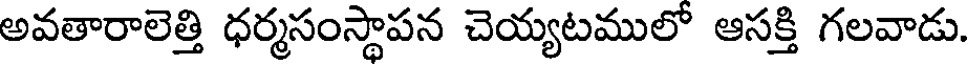
అవతారాలెత్తి ధర్మసంస్థాపన చెయ్యటములో ఆసక్తి గలవాడు.